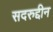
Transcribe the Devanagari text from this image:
सदरुद्दीन